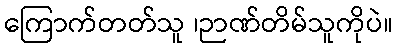
ကြောက်တတ်သူ ၊ဉာဏ်တိမ်သူကိုပဲ။